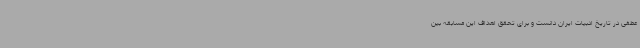
عطفی در تاریخ ادبیات ایران دانست و برای تحقق اهداف این مسابقه بین